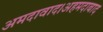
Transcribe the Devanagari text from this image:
अमदावाद।अहमदाबाद